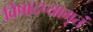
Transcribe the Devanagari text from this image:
विषादप्यामृतं